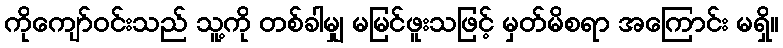
ကိုကျော်ဝင်းသည် သူ့ကို တစ်ခါမျှ မမြင်ဖူးသဖြင့် မှတ်မိစရာ အကြောင်း မရှိ။